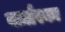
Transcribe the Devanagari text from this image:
वर्ज़ास्का